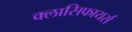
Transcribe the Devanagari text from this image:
क्लासिफायर्स